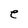
Character: e